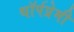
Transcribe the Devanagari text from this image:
थॉर्पप्रेमी